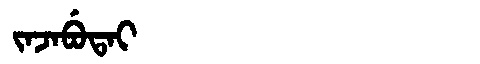
Manchu: ᠵᠠᠵᠠᠪᡠᡨᠠᡳ
Romanization: JAJABUTAI